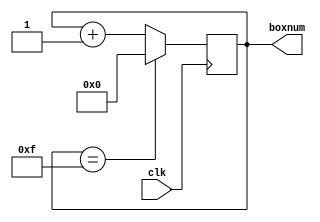
`timescale 1ns / 1ps
//////////////////////////////////////////////////////////////////////////////////
// Company: 
// Engineer: 
// 
// Design Name: 
// Module Name: produce_boxnum
// Project Name: 
// Target Devices: 
// Tool Versions: 
// Description: 
// 
// Dependencies: 
// 
// Revision:
// Revision 0.01 - File Created
// Additional Comments:
// 
//////////////////////////////////////////////////////////////////////////////////


module produce_boxnum(
input clk,
output reg [5:0]boxnum
    );
    reg [5:0] num = 5'd0;
    
    always@(posedge clk)  begin
        if(num == 15) num <= 5'd0;
        else num <= num + 1;
    end
    
    always@(*) begin
        boxnum <= num;
    end    
endmodule